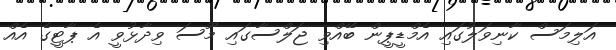
އަލިމަސް ކާނިވަލުގައި އެމްޑީޕީން ބޭއްވި ޖަލްސާގައި މޫސަ ވިދާޅުވީ އެ ޕާޓީގެ އެއް